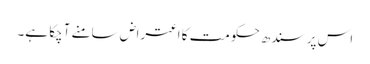
اس پر سندھ حکومت کا اعتراض سامنے آچکا ہے۔